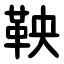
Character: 鞅